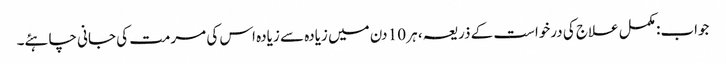
جواب: مکمل علاج کی درخواست کے ذریعہ ، ہر 10 دن میں زیادہ سے زیادہ اس کی مرمت کی جانی چاہئے۔